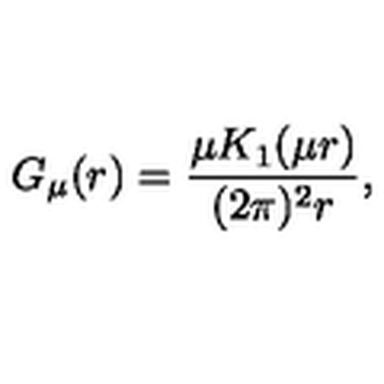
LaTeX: G _ { \mu } ( r ) = \frac { \mu K _ { 1 } ( \mu r ) } { ( 2 \pi ) ^ { 2 } r } ,